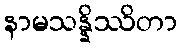
နာမသန္နိဿိတာ